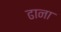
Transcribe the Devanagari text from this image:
ढाना